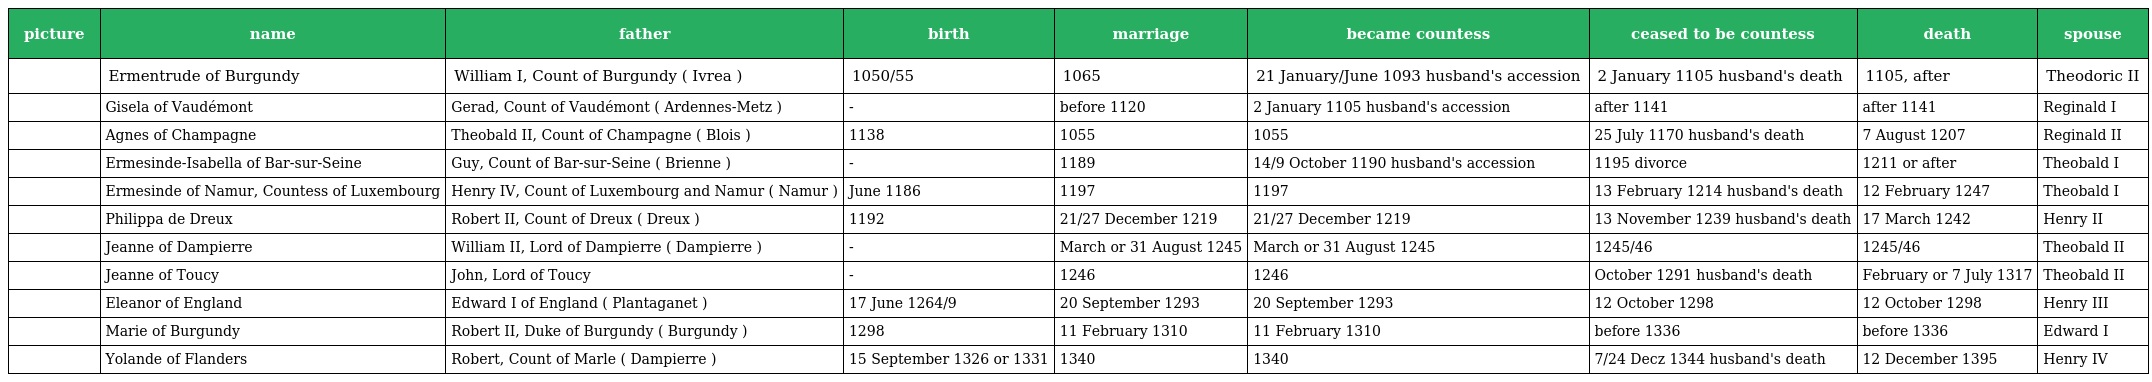
| picture | name | father | birth | marriage | became countess | ceased to be countess | death | spouse |
 | --- | --- | --- | --- | --- | --- | --- | --- | --- |
 |  | Ermentrude of Burgundy | William I, Count of Burgundy ( Ivrea ) | 1050/55 | 1065 | 21 January/June 1093 husband's accession | 2 January 1105 husband's death | 1105, after | Theodoric II |
 |  | Gisela of Vaudémont | Gerad, Count of Vaudémont ( Ardennes-Metz ) | - | before 1120 | 2 January 1105 husband's accession | after 1141 | after 1141 | Reginald I |
 |  | Agnes of Champagne | Theobald II, Count of Champagne ( Blois ) | 1138 | 1055 | 1055 | 25 July 1170 husband's death | 7 August 1207 | Reginald II |
 |  | Ermesinde-Isabella of Bar-sur-Seine | Guy, Count of Bar-sur-Seine ( Brienne ) | - | 1189 | 14/9 October 1190 husband's accession | 1195 divorce | 1211 or after | Theobald I |
 |  | Ermesinde of Namur, Countess of Luxembourg | Henry IV, Count of Luxembourg and Namur ( Namur ) | June 1186 | 1197 | 1197 | 13 February 1214 husband's death | 12 February 1247 | Theobald I |
 |  | Philippa de Dreux | Robert II, Count of Dreux ( Dreux ) | 1192 | 21/27 December 1219 | 21/27 December 1219 | 13 November 1239 husband's death | 17 March 1242 | Henry II |
 |  | Jeanne of Dampierre | William II, Lord of Dampierre ( Dampierre ) | - | March or 31 August 1245 | March or 31 August 1245 | 1245/46 | 1245/46 | Theobald II |
 |  | Jeanne of Toucy | John, Lord of Toucy | - | 1246 | 1246 | October 1291 husband's death | February or 7 July 1317 | Theobald II |
 |  | Eleanor of England | Edward I of England ( Plantaganet ) | 17 June 1264/9 | 20 September 1293 | 20 September 1293 | 12 October 1298 | 12 October 1298 | Henry III |
 |  | Marie of Burgundy | Robert II, Duke of Burgundy ( Burgundy ) | 1298 | 11 February 1310 | 11 February 1310 | before 1336 | before 1336 | Edward I |
 |  | Yolande of Flanders | Robert, Count of Marle ( Dampierre ) | 15 September 1326 or 1331 | 1340 | 1340 | 7/24 Decz 1344 husband's death | 12 December 1395 | Henry IV |